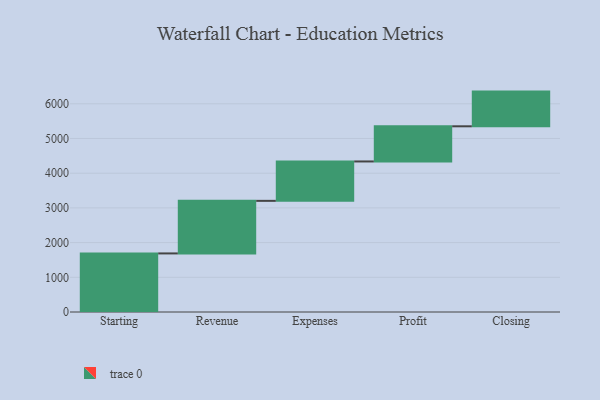
{"axis": {"x": "Step", "y": "Value"}, "legend": [""], "data": [{"x": "Starting", "y": 1688.0, "type": ""}, {"x": "Revenue", "y": 1515.0, "type": ""}, {"x": "Expenses", "y": 1135.0, "type": ""}, {"x": "Profit", "y": 1013.0, "type": ""}, {"x": "Closing", "y": 1000, "type": ""}]}